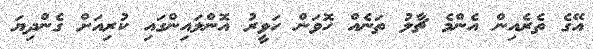
އޭގެ ތެރެއިން އެންމެ ޗާލު ތަނެއް ހޮވަން ހަވީރު އޮންލައިންގައި ކުރިއަށް ގެންދިޔަ